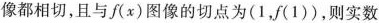
像都相切，且与f（x）图像的切点为（1，f(1)）,则实数